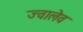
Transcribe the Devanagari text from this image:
ज्वालेव